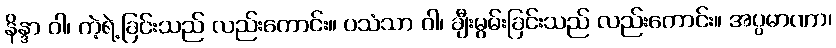
နိန္ဒာ ဝါ၊ ကဲ့ရဲ့ခြင်းသည် လည်းကောင်း။ ပသံသာ ဝါ၊ ချီးမွမ်းခြင်းသည် လည်းကောင်း။ အပ္ပမာဏာ၊